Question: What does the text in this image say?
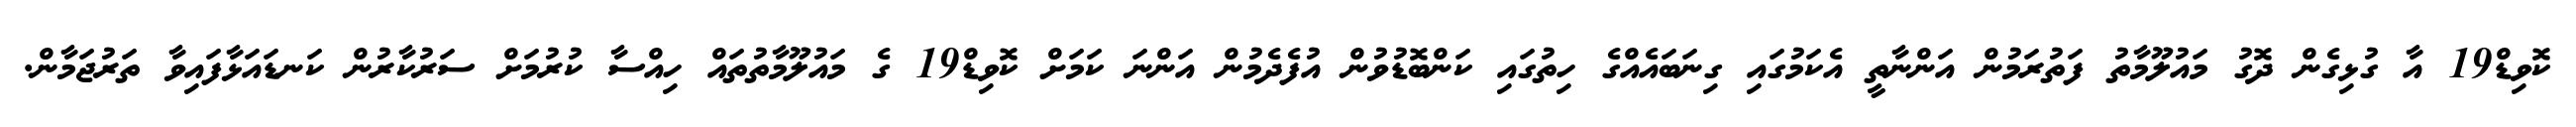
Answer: ކޮވިޑް19 އާ ގުޅިގެން ދޮގު މައުލޫމާތު ފަތުރަމުން އަންނާތީ އެކަމުގައި ގިނަބައެއްގެ ހިތުގައި ކަންބޮޑުވުން އުފެދެމުން އަންނަ ކަމަށް ކޮވިޑް19 ގެ މައުލޫމާތުތައް ހިއްސާ ކުރުމަށް ސަރުކާރުން ކަނޑައަޅާފައިވާ ތަރުޖަމާން.